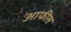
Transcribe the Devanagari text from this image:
आफीस